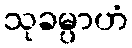
သုခမ္ပာဟံ